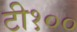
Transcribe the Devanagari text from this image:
टी१००